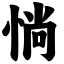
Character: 惝